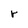
Character: r